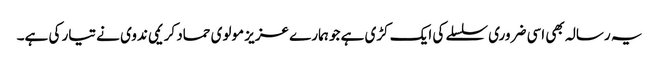
یہ رسالہ بھی اسی ضروری سلسلے کی ایک کڑی ہے جو ہمارے عزیز مولوی حماد کریمی ندوی نے تیار کی ہے۔